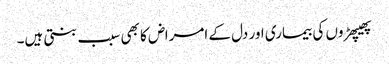
پھیپھڑوں کی بیماری اور دل کے امراض کا بھی سبب بنتی ہیں۔